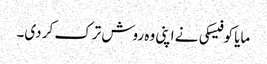
مایا کوفیسکی نے اپنی وہ روش ترک کر دی۔